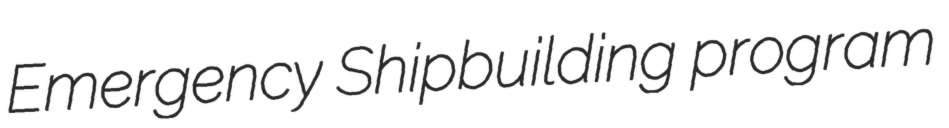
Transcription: Emergency Shipbuilding program